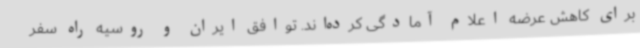
برای کاهش عرضه اعلام آمادگی کرده‌اند. توافق ایران و روسیه راه سفر